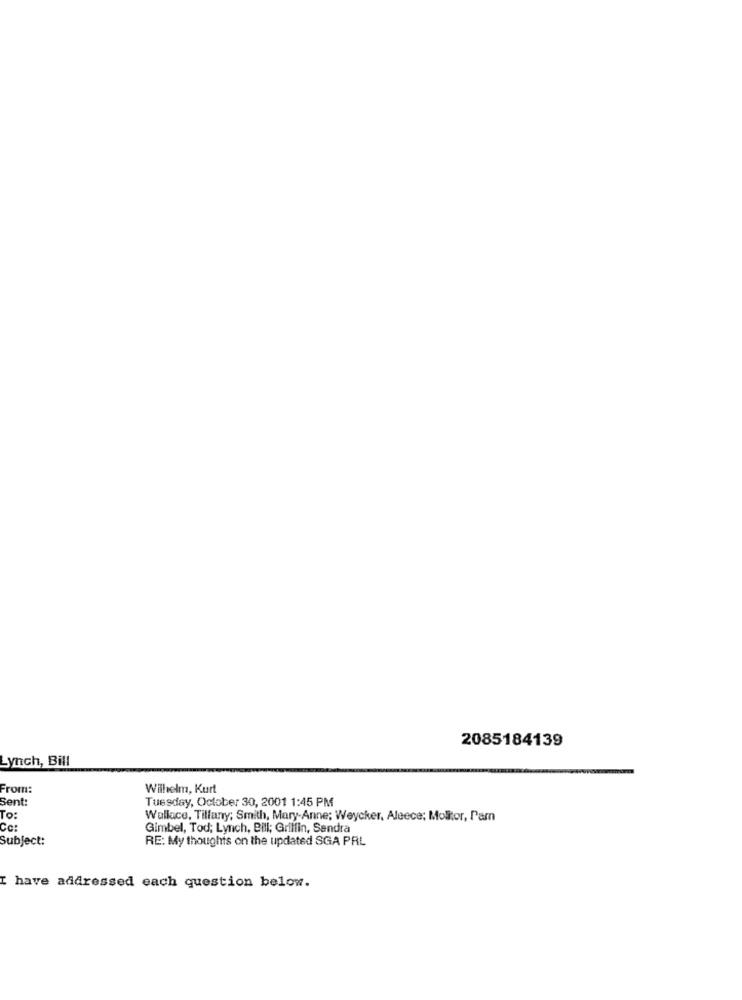
2085184139
Lynch, Bill
From:
Wilhelm, Kurt
Tuesday, October 30, 2001 1:45 PM
Sent:
To:
Wallace, Tillany; Smith, Mary-Anne; Weycker, Aleece; Molitor, Par
Cc:
Gimbel, Tod; Lynch, Bill; Griffin, Sandra
Subject:
RE: My thoughts on the updated SGA PAL
I have addressed each question below.